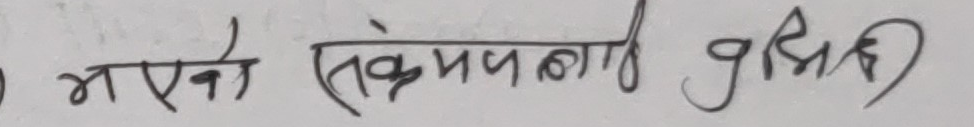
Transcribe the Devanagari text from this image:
भएको संकल्पलाई प्रविष्ट